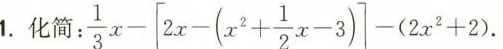
1.化简：$$: \frac{1}{3}x- \left[ 2x-(x^{2}+ \frac{1}{2}x-3)\right] -(2x^{2}+2)$$.